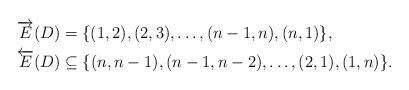
LaTeX: \begin{align*}\overrightarrow{E}(D) &= \{(1,2),(2,3),\ldots,(n-1,n),(n,1)\},\\\overleftarrow{E}(D) &\subseteq \{(n,n-1),(n-1,n-2),\ldots,(2,1),(1,n)\}.\end{align*}